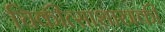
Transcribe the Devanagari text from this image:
चिकीत्साशास्त्रकी